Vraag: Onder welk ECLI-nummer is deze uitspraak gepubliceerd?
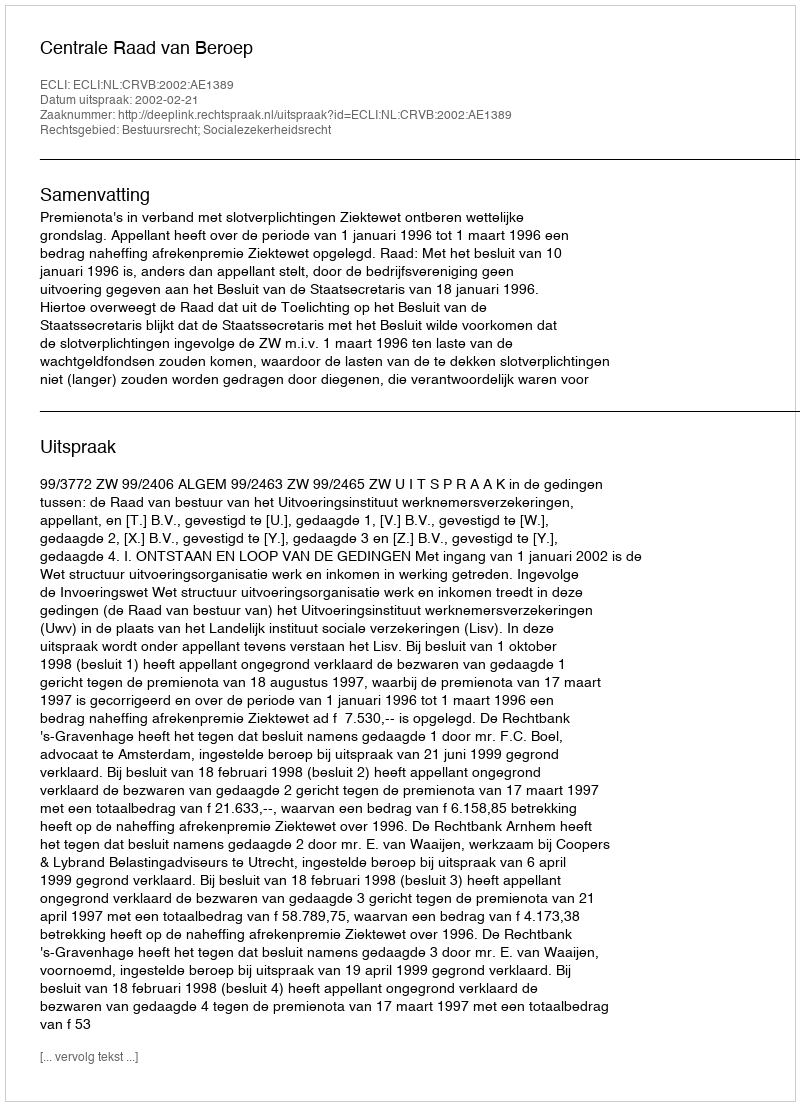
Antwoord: ECLI:NL:CRVB:2002:AE1389